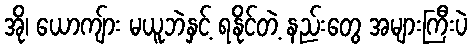
အို၊ ယောကျ်ား မယူဘဲနှင့် ရနိုင်တဲ့ နည်းတွေ အများကြီးပဲ